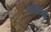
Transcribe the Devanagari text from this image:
ब्लैकबट्ट